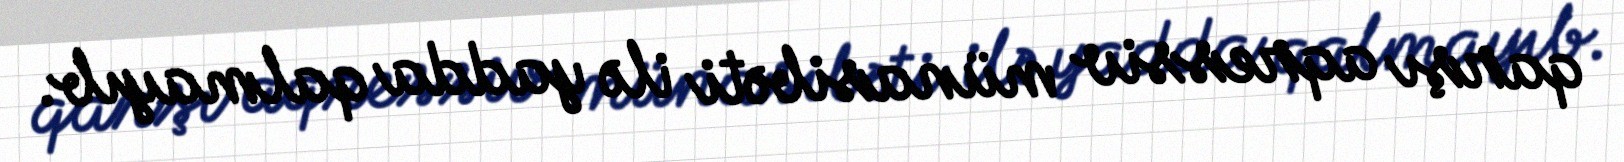
qarşı aqressiv münasibəti ilə yadda qalmayıb.